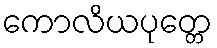
ကောလိယပုတ္တေ